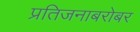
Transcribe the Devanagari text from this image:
प्रतिजनाबरोबर